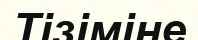
Тізіміне